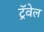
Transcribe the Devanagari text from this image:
ट्रॅवेल